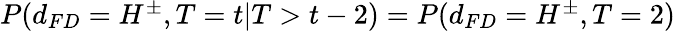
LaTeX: \begin{array}{r}{P(d_{FD}=H^{\pm},T=t|T>t-2)=P(d_{FD}=H^{\pm},T=2)}\end{array}